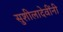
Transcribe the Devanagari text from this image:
सुशीलादेवींनी